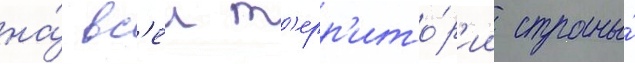
на́ вс'еи т'ерр'ито́р'ии страны́